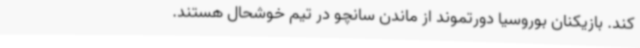
کند. بازیکنان بوروسیا دورتموند از ماندن سانچو در تیم خوشحال هستند.